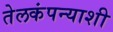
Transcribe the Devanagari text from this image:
तेलकंपन्याशी